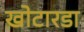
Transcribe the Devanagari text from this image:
खोटारडा